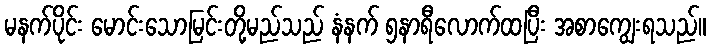
မနက်ပိုင်း မောင်းသောမြင်းတို့မည်သည် နံနက် ၅နာရီလောက်ထပြီး အစာကျွေးရသည်။